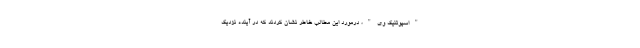
"اسپوتنیک وی"، درمورد این مطالب خاطر نشان کردند که در آینده نزدیک